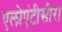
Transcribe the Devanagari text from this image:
एलोएंटीसीरा